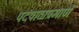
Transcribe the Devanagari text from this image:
पदपाठाप्रमाणें